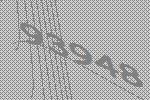
93948